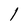
Character: l